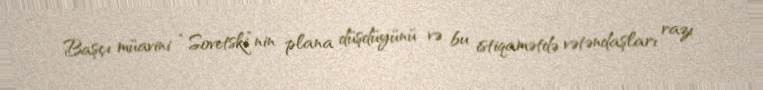
Başçı müavini “Sovetski”nin plana düşdüyünü və bu istiqamətdə vətəndaşları razı